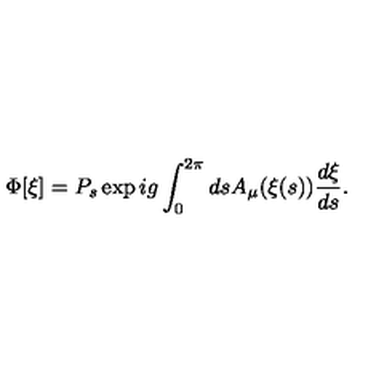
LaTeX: \Phi [ \xi ] = P _ { s } \exp i g \int _ { 0 } ^ { 2 \pi } d s A _ { \mu } ( \xi ( s ) ) \frac { d \xi } { d s } .